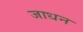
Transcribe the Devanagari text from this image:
जाधन